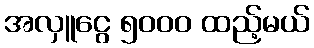
အလှူငွေ ၅၀၀၀ ထည့်မယ်